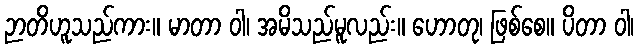
ဉာတိဟူသည်ကား။ မာတာ ဝါ၊ အမိသည်မူလည်း။ ဟောတု၊ ဖြစ်စေ။ ပိတာ ဝါ၊